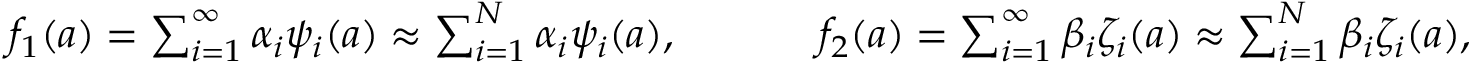
\begin{array} { r } { f _ { 1 } ( \boldsymbol { a } ) = \sum _ { i = 1 } ^ { \infty } \alpha _ { i } \psi _ { i } ( \boldsymbol { a } ) \approx \sum _ { i = 1 } ^ { N } \alpha _ { i } \psi _ { i } ( \boldsymbol { a } ) , \ \ \ \ \ \ \ \ \ \ f _ { 2 } ( \boldsymbol { a } ) = \sum _ { i = 1 } ^ { \infty } \beta _ { i } \zeta _ { i } ( \boldsymbol { a } ) \approx \sum _ { i = 1 } ^ { N } \beta _ { i } \zeta _ { i } ( \boldsymbol { a } ) , } \end{array}